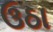
ઉઠા